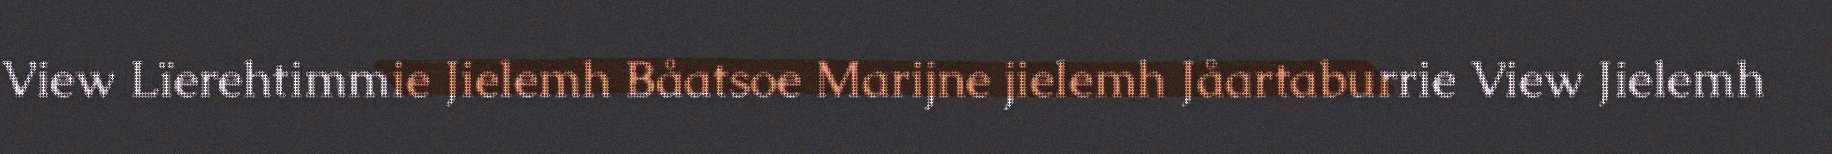
View Lïerehtimmie Jielemh Båatsoe Marijne jielemh Jåartaburrie View Jielemh